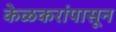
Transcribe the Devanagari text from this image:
केळकरांपासून